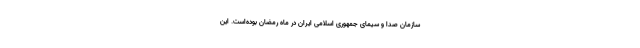
سازمان صدا و سیمای جمهوری اسلامی ایران در ماه رمضان بوده‌است. این